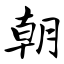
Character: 朝